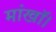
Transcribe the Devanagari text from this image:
मांखॉ।